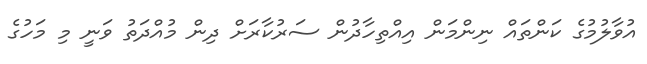
އުވާލުމުގެ ކަންތައް ނިންމަން އިއްތިހާދުން ސަރުކާރަށް ދިން މުއްދަތު ވަނީ މި މަހުގެ